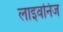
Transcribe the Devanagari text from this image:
लाइवनिज